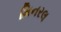
મિનરલ